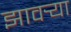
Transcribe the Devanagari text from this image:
झावर्‍या